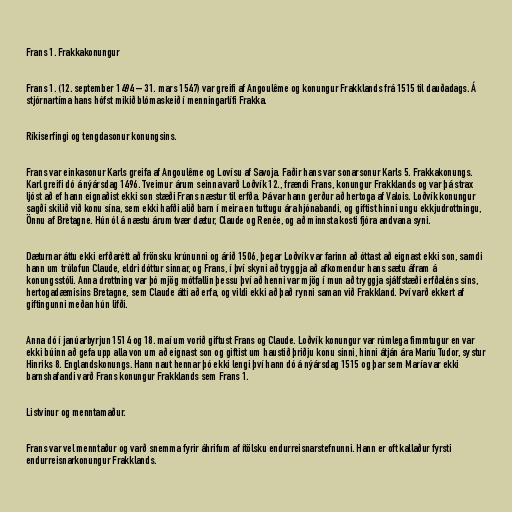
Frans 1. Frakkakonungur

Frans 1. (12. september 1494 – 31. mars 1547) var greifi af Angoulême og konungur Frakklands frá 1515 til dauðadags. Á
stjórnartíma hans hófst mikið blómaskeið í menningarlífi Frakka.

Ríkiserfingi og tengdasonur konungsins.

Frans var einkasonur Karls greifa af Angoulême og Lovísu af Savoja. Faðir hans var sonarsonur Karls 5. Frakkakonungs.
Karl greifi dó á nýársdag 1496. Tveimur árum seinna varð Loðvík 12., frændi Frans, konungur Frakklands og var þá strax
ljóst að ef hann eignaðist ekki son stæði Frans næstur til erfða. Þá var hann gerður að hertoga af Valois. Loðvík konungur
sagði skilið við konu sína, sem ekki hafði alið barn í meira en tuttugu ára hjónabandi, og giftist hinni ungu ekkjudrottningu,
Önnu af Bretagne. Hún ól á næstu árum tvær dætur, Claude og Renée, og að minnsta kosti fjóra andvana syni.

Dæturnar áttu ekki erfðarétt að frönsku krúnunni og árið 1506, þegar Loðvík var farinn að óttast að eignast ekki son, samdi
hann um trúlofun Claude, eldri dóttur sinnar, og Frans, í því skyni að tryggja að afkomendur hans sætu áfram á
konungsstóli. Anna drottning var þó mjög mótfallin þessu því að henni var mjög í mun að tryggja sjálfstæði erfðaléns síns,
hertogadæmisins Bretagne, sem Claude átti að erfa, og vildi ekki að það rynni saman við Frakkland. Því varð ekkert af
giftingunni meðan hún lifði.

Anna dó í janúarbyrjun 1514 og 18. maí um vorið giftust Frans og Claude. Loðvík konungur var rúmlega fimmtugur en var
ekki búinn að gefa upp alla von um að eignast son og giftist um haustið þriðju konu sinni, hinni átján ára Maríu Tudor, systur
Hinriks 8. Englandskonungs. Hann naut hennar þó ekki lengi því hann dó á nýársdag 1515 og þar sem María var ekki
barnshafandi varð Frans konungur Frakklands sem Frans 1.

Listvinur og menntamaður.

Frans var vel menntaður og varð snemma fyrir áhrifum af ítölsku endurreisnarstefnunni. Hann er oft kallaður fyrsti
endurreisnarkonungur Frakklands.